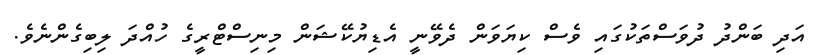
އަދި ބަންދު ދުވަސްތަކުގައި ވެސް ކިޔަވަން ދެވޭނީ އެޑިޔުކޭޝަން މިނިސްޓްރީގެ ހުއްދަ ލިބިގެންނެވެ.